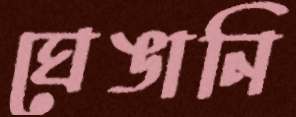
ঘেঙানি